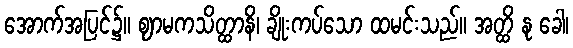
အောက်အပြင်၌။ ဈာမကသိတ္ထာနိ၊ ချိုးကပ်သော ထမင်းသည်။ အတ္ထိ နု ခေါ၊